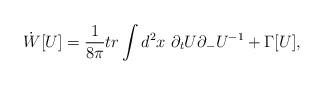
LaTeX: \begin{align*}\dot{W}[U] = \frac{1}{8 \pi} tr \int d^2x~ \partial_t U\partial_- U^{-1}+ \Gamma [U],\end{align*}